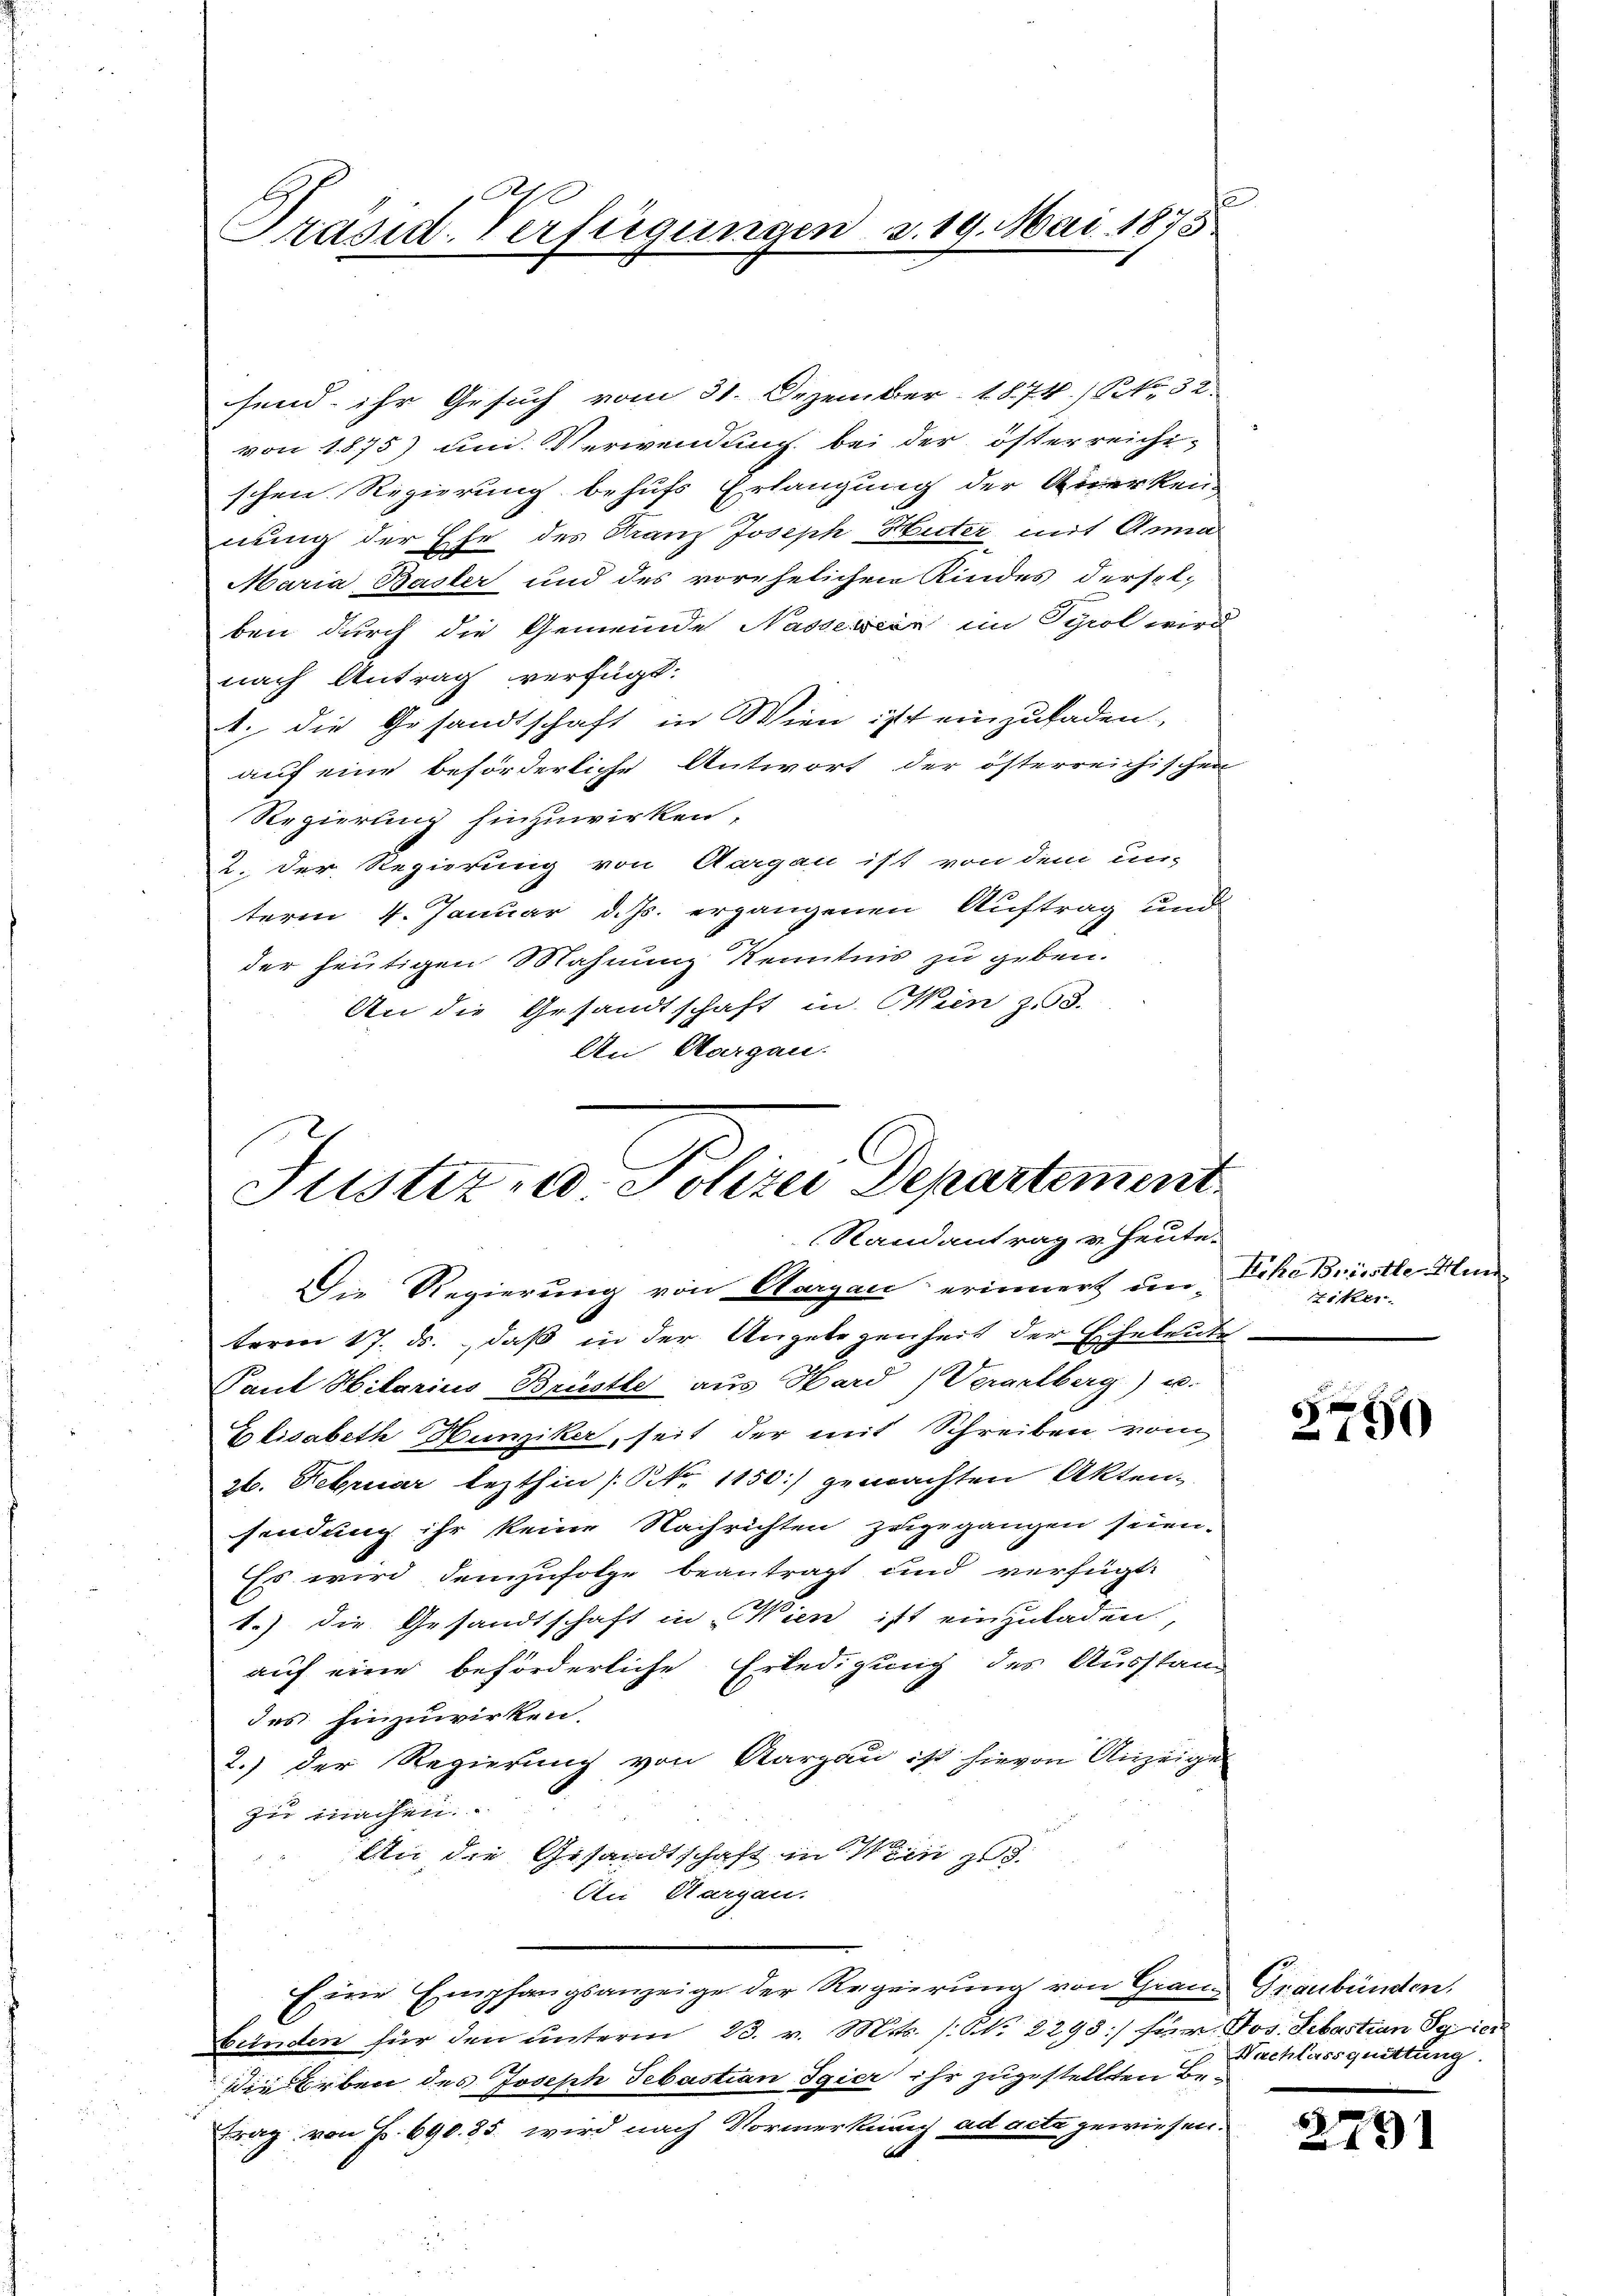
Präsid. Verfügungen v. 19. Mai 1875

send ihr Gesuch vom 31. Dezember 1874. / NNo. 32.
von 1875) und Verwendung bei der österreichi-
schen Regierung behufs Erlangung der Anerken-
nung der Ehe des Franz Joseph Huter mit Anna
Maria Basler und des vorehelichen Kindes derselben durch die Gemeinde Nasserien im Tyrol wird
nach Antrag verfügt:
1. die Gesandtschaft in Wien ist einzuladen,
auf eine beförderliche Antwort der österreichischen
Regierung hinzuwirken,
2. Der Regierung von Aargau ist von dem un-
term 4. Januar d. Js. ergangenen Auftrag und
der heutigen Mahnenz Kenntnis zu geben.
An die Gesandtschaft in Wien zu 3.
An Aargau.

Justiz - Polizei Departement
Randantrag u. Heute.

Die Regierung von Aargau erinnert un-
term 17. ds., daß in der Angelegenheit der Eheleute
Paul Hilarius Brüstle aus Hard (Verarlberg) u.
Elisabeth Hunziker, seit der mit Schreiben vom
zt. Februar lezthin (NNo. 1150) gemachten Akten,
sendung ihr keine Nachrichten zugegangen seien.
Es wird demzufolge beantragt und verfügt:
1.) die Gesandtschaft in Wien ist einzuladen.
auf eine beförderliche Erledigung des Ausstand
des hinzuwirken.
2.) Der Regierung von Aargau ist hievon Anzeigel
zu machen.
An die Gesandtschaft in Wein
Ai Aargau.
Eine Empfangsanzeige der Regierung von Granz Graubünden,
bünden für den unterm 23. v. Mts. (: No 2298:/ für Jos. Sebastian Sg 100
die Erben des Joseph Sebastian Igier ihr zugestellten Betrag von Fr. 690. 85. wird nach Vormerkung ad acta gewiesen.

Ecke Brüsste Hun
iker.

2750

Nachlassquittung.

2791